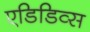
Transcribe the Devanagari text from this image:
एडिडिव्स